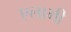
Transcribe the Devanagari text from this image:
एलामी